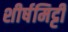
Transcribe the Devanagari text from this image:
शीर्षमिट्टी